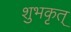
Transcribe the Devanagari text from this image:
शुभकृत्